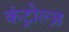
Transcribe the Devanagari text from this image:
कंट्रोल्ज़